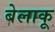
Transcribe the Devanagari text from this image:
बेलाकू